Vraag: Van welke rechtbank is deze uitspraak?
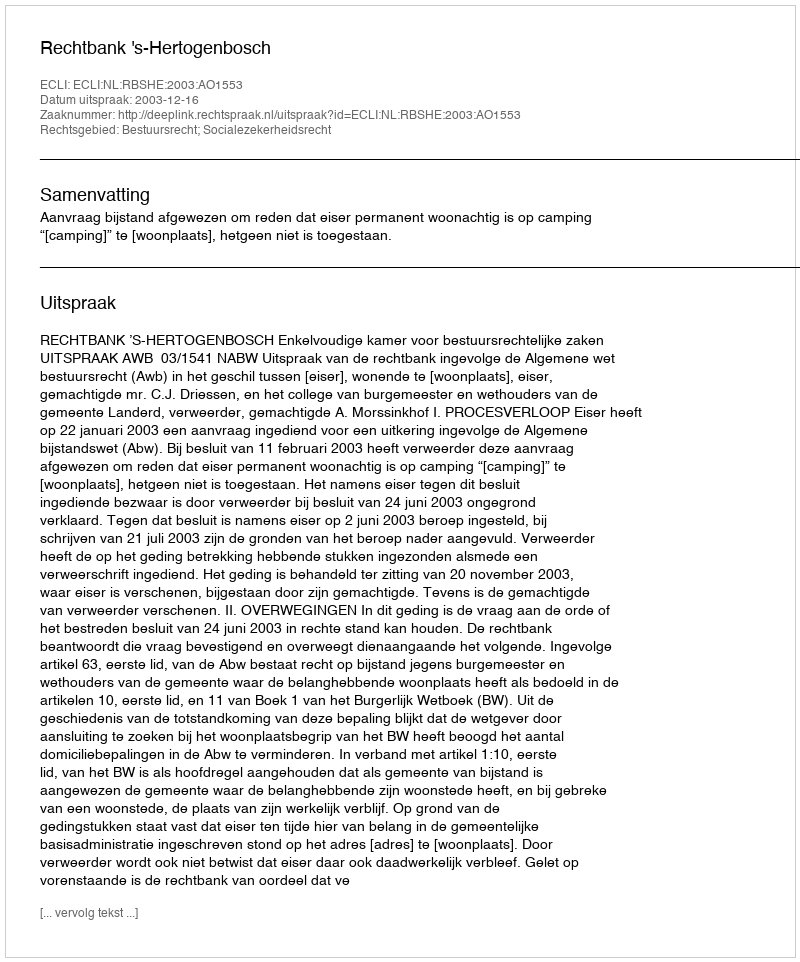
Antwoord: Rechtbank 's-Hertogenbosch